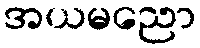
အယမညော